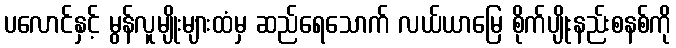
ပလောင်နှင့် မွန်လူမျိုးများထံမှ ဆည်ရေသောက် လယ်ယာမြေ စိုက်ပျိုးနည်းစနစ်ကို